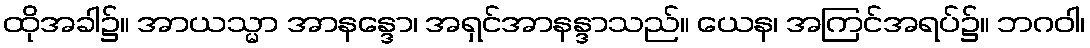
ထိုအခါ၌။ အာယသ္မာ အာနန္ဒော၊ အရှင်အာနန္ဒာသည်။ ယေန၊ အကြင်အရပ်၌။ ဘဂဝါ၊